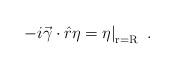
LaTeX: \begin{align*}\left.-i\vec\gamma\cdot\hat r\eta = \eta \right|_{\rm r=R}\ .\end{align*}